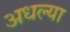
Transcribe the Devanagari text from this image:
अधल्या